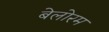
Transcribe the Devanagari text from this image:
बेलोरम